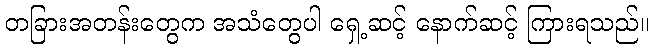
တခြားအတန်းတွေက အသံတွေပါ ရှေ့ဆင့် နောက်ဆင့် ကြားရသည်။